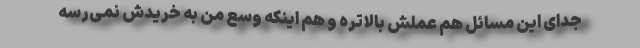
جدای این مسائل هم عملش بالاتره و هم اینکه وسع من به خریدش نمی‌رسه